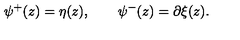
\psi ^ { + } ( z ) = \eta ( z ) , \qquad \psi ^ { - } ( z ) = \partial \xi ( z ) .